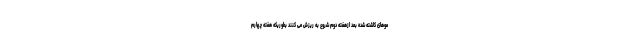
موهای کاشته شده بعد ازهفته دوم شروع به ریزش می کنند بطوریکه هفته چهارم